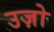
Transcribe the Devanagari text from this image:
उज़ो